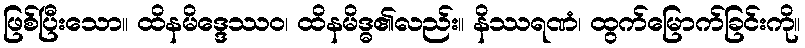
ဖြစ်ပြီးသော။ ထိနမိဒ္ဒေဿဝ၊ ထိနမိဒ္ဓ၏လည်း။ နိဿရဏံ၊ ထွက်မြောက်ခြင်းကို။